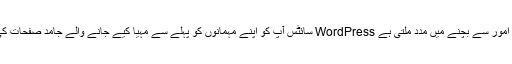
اس سے آپ کو وابستہ سیکیورٹی کے زیادہ تر امور سے بچنے میں مدد ملتی ہے WordPress سائٹس آپ کو اپنے مہمانوں کو پہلے سے مہیا کیے جانے والے جامد صفحات کی بدولت مواد پیش کرنے کی اجازت دیتے ہیں۔